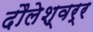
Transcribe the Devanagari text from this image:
दौलेश्वर्र